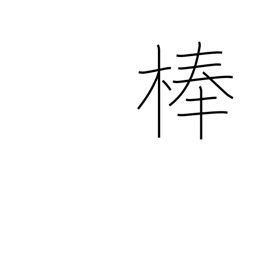
Meaning: pole